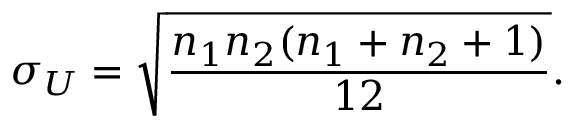
\sigma _ { U } = { \sqrt { \frac { n _ { 1 } n _ { 2 } ( n _ { 1 } + n _ { 2 } + 1 ) } { 1 2 } } } .